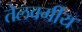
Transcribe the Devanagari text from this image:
तेलवर्गीय